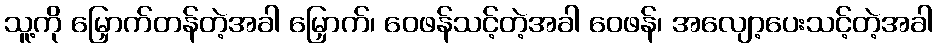
သူ့ကို မြှောက်တန်တဲ့အခါ မြှောက်၊ ဝေဖန်သင့်တဲ့အခါ ဝေဖန်၊ အလျော့ပေးသင့်တဲ့အခါ